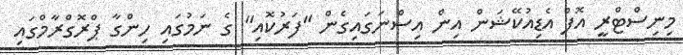
މިނިސްޓްރީ އޮފް އެޑިއުކޭޝަން އިން އިސްނަގައިގެން "ފަރުކޮއި" ގެ ނަމުގައި ހިންގާ ޕްރޮގްރާމްގައި